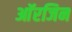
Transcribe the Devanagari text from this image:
आॅरजिन